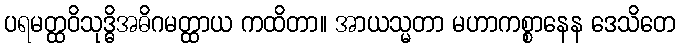
ပရမတ္ထဝိသုဒ္ဓိအဓိဂမတ္ထာယ ကထိတာ။ အာယသ္မတာ မဟာကစ္စာနေန ဒေသိတေ